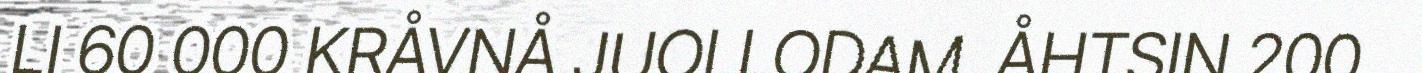
LI 60 000 KRÅVNÅ JUOLLODAM. ÅHTSIN 200